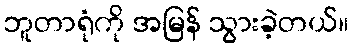
ဘူတာရုံကို အမြန် သွားခဲ့တယ်။